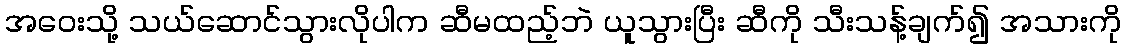
အဝေးသို့ သယ်ဆောင်သွားလိုပါက ဆီမထည့်ဘဲ ယူသွားပြီး ဆီကို သီးသန့်ချက်၍ အသားကို